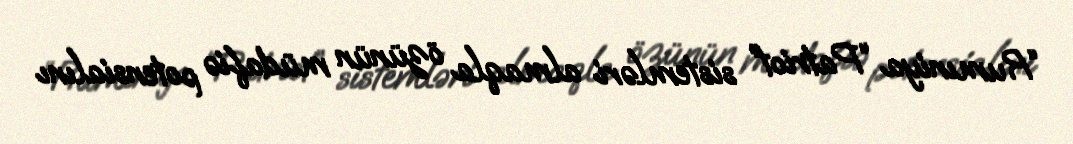
“Rumıniya “Patriot” sistemləri almaqla özünün müdafiə potensialını